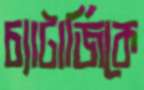
চ্যাটার্জিকে